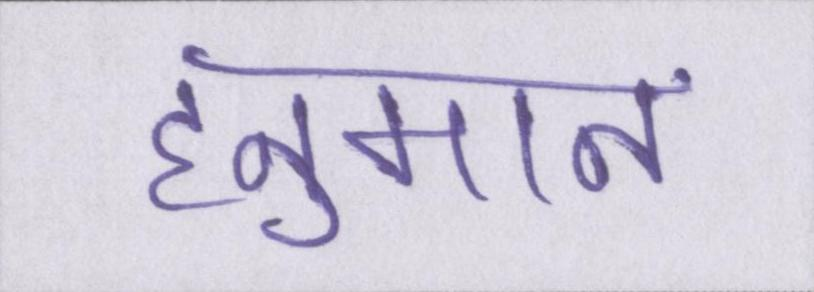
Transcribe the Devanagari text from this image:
हनुमान